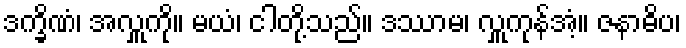
ဒက္ခိဏံ၊ အလှူကို။ မယံ၊ ငါတို့သည်။ ဒဿာမ၊ လှူကုန်အံ့။ ဇနာဓိပ၊